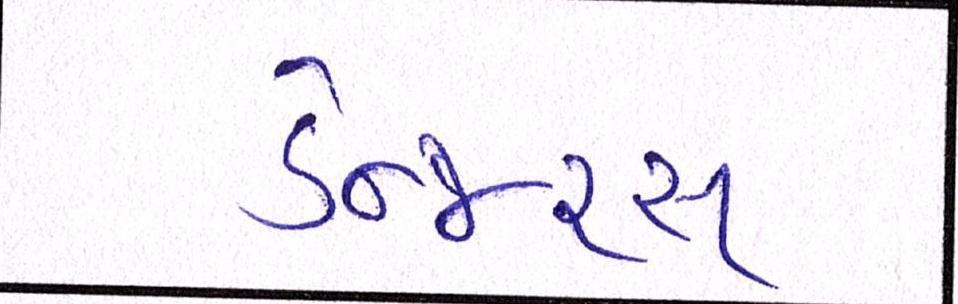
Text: ડેન્જરસ